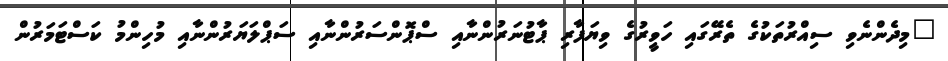
"މިދެންނެވި ސިއްރުތަކުގެ ތެރޭގައި ހަވީރުގެ ވިޔަފާރި ޕާޓުނަރުންނާއި ސްޕޮންސަރުންނާއި ސަޕްލަޔަރުންނާއި މުހިންމު ކަސްޓަމަރުން